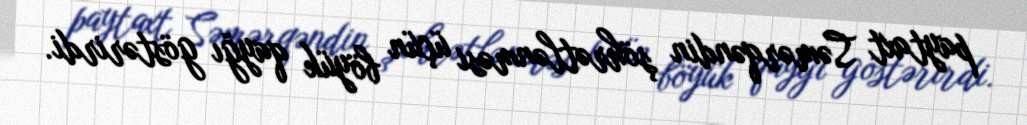
paytaxt Səmərqəndin şöhrətlənməsi üçün böyük qayğı göstərirdi.